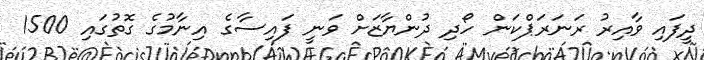
ދީފައި ވާއިރު ރަނަރަޕްކަން ހޯދި ދުންޔާޒަށް ވަނީ ފައިސާގެ އިނާމުގެ ގޮތުގައި 1500